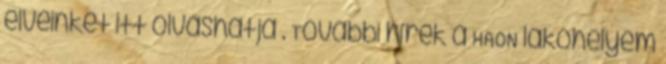
elveinket itt olvashatja . További hírek a HAON lakóhelyem